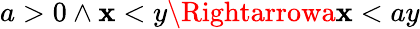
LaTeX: a>0\land\mathbf{x}<y\Rightarrowa\mathbf{x}<ay